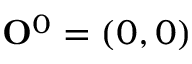
{ \bf O } ^ { 0 } = ( 0 , 0 )